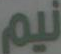
نيم